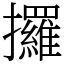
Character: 攞